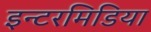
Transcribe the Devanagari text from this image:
इन्टरमिडिया